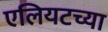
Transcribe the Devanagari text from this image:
एलियटच्या